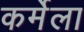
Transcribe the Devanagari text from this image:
कर्मेला